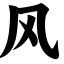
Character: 风